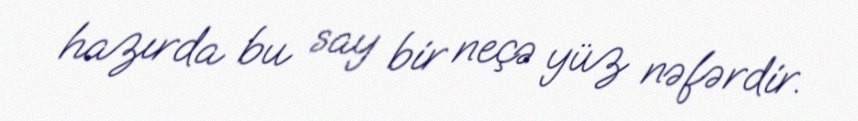
hazırda bu say bir neçə yüz nəfərdir.